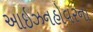
આઇઝનહોવરના